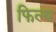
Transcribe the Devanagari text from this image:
फिल्थ